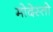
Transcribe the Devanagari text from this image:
मोदेस्तो